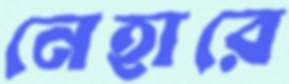
নেহারে